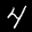
Label: 4